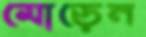
মোড়েন